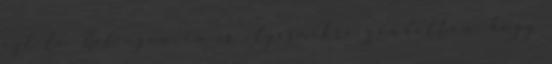
ezt le. Hát igen, én is ilyesmikre gondoltam, hogy